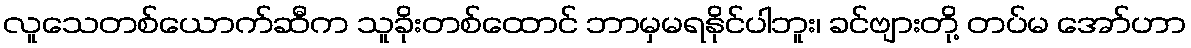
လူသေတစ်ယောက်ဆီက သူခိုးတစ်ထောင် ဘာမှမရနိုင်ပါဘူး၊ ခင်ဗျားတို့ တပ်မ အော်ဟာ